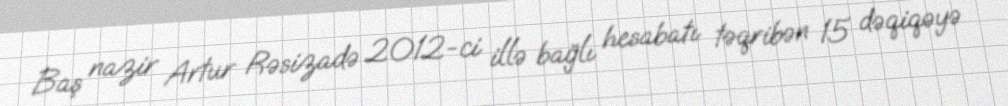
Baş nazir Artur Rəsizadə 2012-ci illə bağlı hesabatı təqribən 15 dəqiqəyə